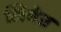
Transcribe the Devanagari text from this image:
लिबेऩ